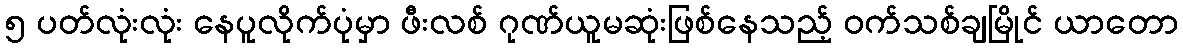
၅ ပတ်လုံးလုံး နေပူလိုက်ပုံမှာ ဖီးလစ် ဂုဏ်ယူမဆုံးဖြစ်နေသည့် ဝက်သစ်ချမြိုင် ယာတော